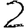
Digit: 2